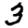
Digit: 3